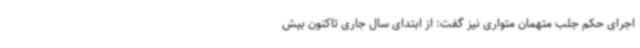
اجرای حکم جلب متهمان متواری نیز گفت: از ابتدای سال جاری تاکنون بیش